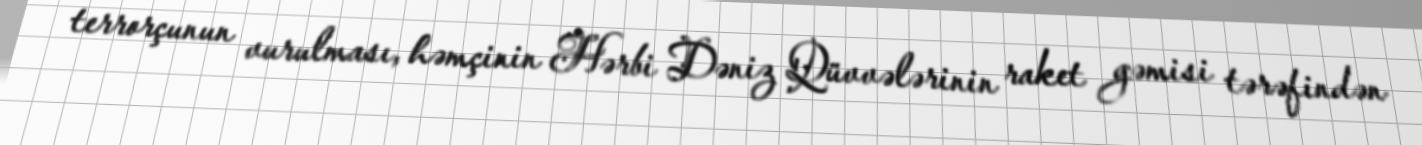
terrorçunun vurulması, həmçinin Hərbi Dəniz Qüvvələrinin raket gəmisi tərəfindən